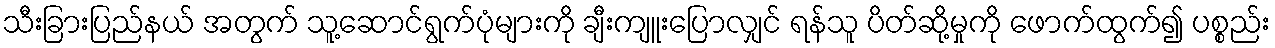
သီးခြားပြည်နယ် အတွက် သူ့ဆောင်ရွက်ပုံများကို ချီးကျူးပြောလျှင် ရန်သူ ပိတ်ဆို့မှုကို ဖောက်ထွက်၍ ပစ္စည်း